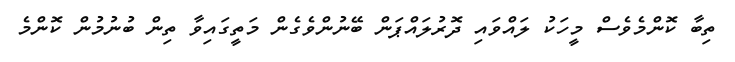
ތިބާ ކޮންމެވެސް މީހަކު ލައްވައި ދޮރުލައްޕަން ބޭނުންވެގެން މަތީގައިވާ ތިން ބުނުމުން ކޮންމެ